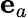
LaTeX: {\mathbf e}_{a}